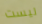
ليست